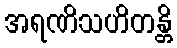
အရဏိသဟိတန္တိ